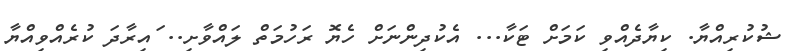
ޝުކުރިއްޔާ. ކިޔާދެއްވި ކަމަށް ޓަކާ... އެކުދިންނަށް ހެޔޮ ރަހުމަތް ލައްވާށި.. ައިރާދަ ކުރެއްވިއްޔާ